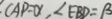
; C A P = \alpha , \angle E B D = \beta